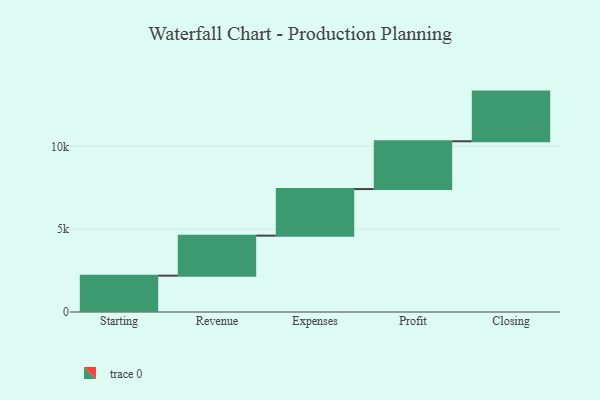
{"axis": {"x": "Step", "y": "Value"}, "legend": [""], "data": [{"x": "Starting", "y": 2194.0, "type": ""}, {"x": "Revenue", "y": 2418.0, "type": ""}, {"x": "Expenses", "y": 2813.0, "type": ""}, {"x": "Profit", "y": 2886.0, "type": ""}, {"x": "Closing", "y": 3000, "type": ""}]}